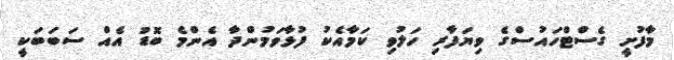
މާފުށީ ގެސްޓްހައުސްގެ ވިޔަފާރި ހަލުވި ކަމާއެކު ފުޅާވަމުންދާ އެންމެ ބޮޑު އެއް ސަބަބަކީ